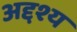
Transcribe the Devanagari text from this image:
अद्दश्य